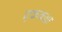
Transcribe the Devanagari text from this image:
एककक्ष